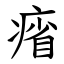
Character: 㾪